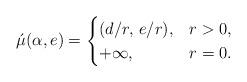
LaTeX: \begin{align*} \acute{\mu} (\alpha, e) = \begin{cases} (d / r, \, e / r), & r > 0, \\ +\infty, & r = 0. \end{cases}\end{align*}